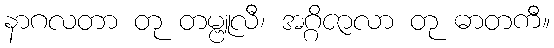
နာဂလတာ တု တမ္ဗူလီ၊ အဂ္ဂိဇာလာ တု ဓာတကီ။